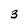
Character: 3